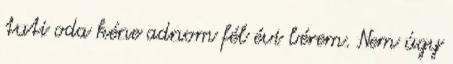
tuti oda kéne adnom fél évi bérem. Nem úgy